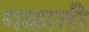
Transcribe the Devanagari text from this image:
गळाली